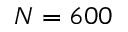
N = 6 0 0